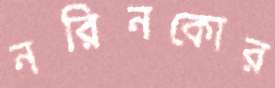
নরিনকোর